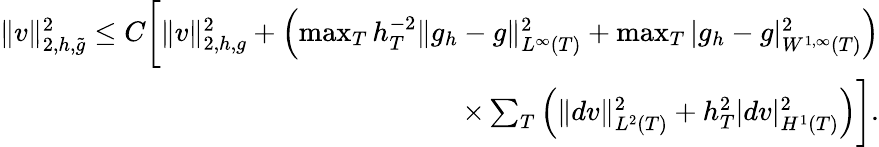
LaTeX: \begin{array}{r}{\| v\| _{2,h,\widetilde{g}}^{2}\le C\bigg[\| v\| _{2,h,g}^{2}+\left(\operatorname*{max}_{T}h_{T}^{-2}\| g_{h}-g\| _{L^{\infty}(T)}^{2}+\operatorname*{max}_{T}|g_{h}-g|_{W^{1,\infty}(T)}^{2}\right)}\\ {\times\sum_{T}\left(\| dv\| _{L^{2}(T)}^{2}+h_{T}^{2}|dv|_{H^{1}(T)}^{2}\right)\bigg].}\end{array}